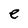
Character: e